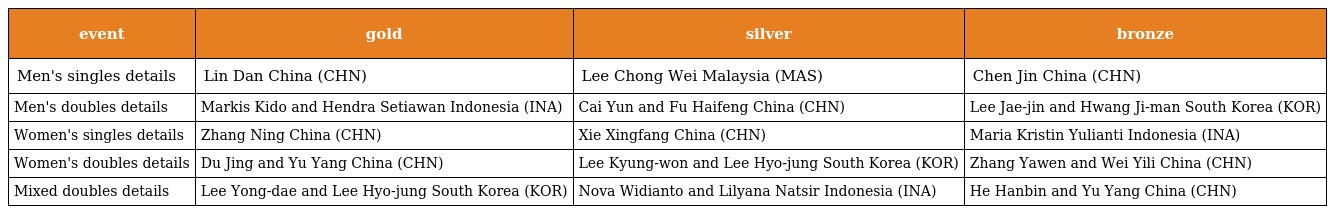
| event | gold | silver | bronze |
 | --- | --- | --- | --- |
 | Men's singles details | Lin Dan China (CHN) | Lee Chong Wei Malaysia (MAS) | Chen Jin China (CHN) |
 | Men's doubles details | Markis Kido and Hendra Setiawan Indonesia (INA) | Cai Yun and Fu Haifeng China (CHN) | Lee Jae-jin and Hwang Ji-man South Korea (KOR) |
 | Women's singles details | Zhang Ning China (CHN) | Xie Xingfang China (CHN) | Maria Kristin Yulianti Indonesia (INA) |
 | Women's doubles details | Du Jing and Yu Yang China (CHN) | Lee Kyung-won and Lee Hyo-jung South Korea (KOR) | Zhang Yawen and Wei Yili China (CHN) |
 | Mixed doubles details | Lee Yong-dae and Lee Hyo-jung South Korea (KOR) | Nova Widianto and Lilyana Natsir Indonesia (INA) | He Hanbin and Yu Yang China (CHN) |